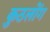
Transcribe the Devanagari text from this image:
कुठलोंग